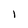
Character: 1